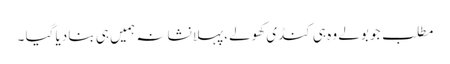
مطلب جو بولے وہ ہی کنڈی کھولے ،پہلا نشانہ ہمیں ہی بنا دیا گیا ۔